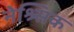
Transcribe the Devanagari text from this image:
नेश्र्सिक